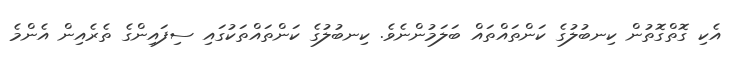
އެކި ގޮތްގޮތުން ކިނބުލުގެ ކަންތައްތައް ބަލަމުންނެވެ. ކިނބުލުގެ ކަންތައްތަކުގައި ސިފައިންގެ ތެރެއިން އެންމެ